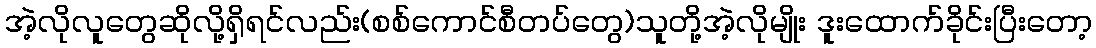
အဲ့လိုလူတွေဆိုလို့ရှိရင်လည်း(စစ်ကောင်စီတပ်တွေ)သူတို့အဲ့လိုမျိုး ဒူးထောက်ခိုင်းပြီးတော့